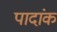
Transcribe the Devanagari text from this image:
पादांक